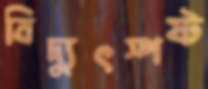
বিদ্যুৎস্পষ্ট